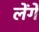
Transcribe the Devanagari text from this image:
लेंगें